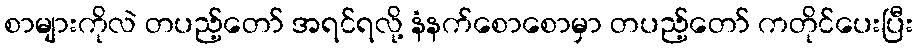
စာများကိုလဲ တပည့်တော် အရင်ရလို့ နံနက်စောစောမှာ တပည့်တော် ကတိုင်ပေးပြီး